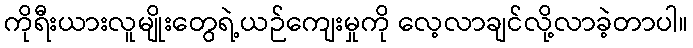
ကိုရီးယားလူမျိုးတွေရဲ့ယဉ်ကျေးမှုကို လေ့လာချင်လို့လာခဲ့တာပါ။